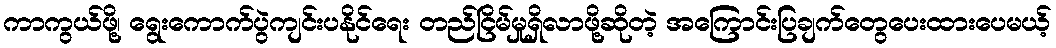
ကာကွယ်ဖို့၊ ရွေးကောက်ပွဲကျင်းပနိုင်ရေး တည်ငြိမ်မှုရှိလာဖို့ဆိုတဲ့ အကြောင်းပြချက်တွေပေးထားပေမယ့်